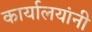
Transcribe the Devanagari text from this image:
कार्यालयांनी